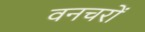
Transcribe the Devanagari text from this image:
वनचरों